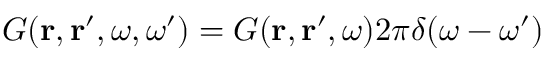
G ( { \bf r } , { \bf r } ^ { \prime } , \omega , \omega ^ { \prime } ) = G ( { \bf r } , { \bf r } ^ { \prime } , \omega ) 2 \pi \delta ( \omega - \omega ^ { \prime } )